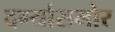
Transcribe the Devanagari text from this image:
दर्ग्यासमोर